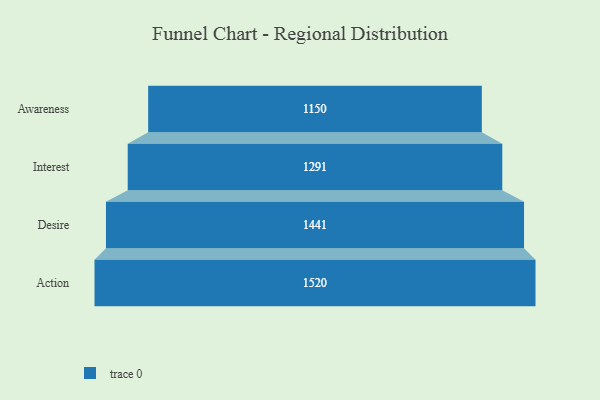
{"axis": {"x": "Stage", "y": "Value"}, "legend": [""], "data": [{"x": "Awareness", "y": 1150.0, "type": ""}, {"x": "Interest", "y": 1291.0, "type": ""}, {"x": "Desire", "y": 1441.0, "type": ""}, {"x": "Action", "y": 1520.0, "type": ""}]}